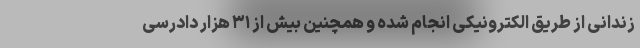
زندانی از طریق الکترونیکی انجام شده و همچنین بیش از ۳۱ هزار دادرسی